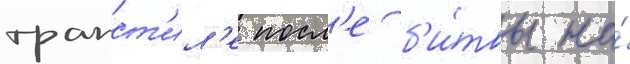
трапст'ил'е посл'е б'и́твы на́